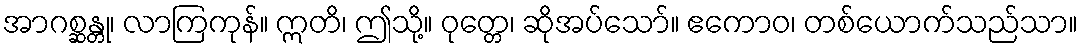
အာဂစ္ဆန္တု၊ လာကြကုန်။ ဣတိ၊ ဤသို့။ ဝုတ္တေ၊ ဆိုအပ်သော်။ ဧကောဝ၊ တစ်ယောက်သည်သာ။